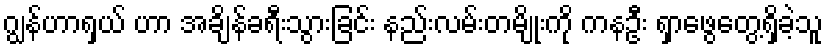
ဂျွန်ဟာရှယ် ဟာ အချိန်ခရီးသွားခြင်း နည်းလမ်းတမျိုးကို ကနဦး ရှာဖွေတွေ့ရှိခဲ့သူ